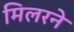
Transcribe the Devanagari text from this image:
मिलरने